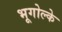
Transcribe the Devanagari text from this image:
भूगोल्के